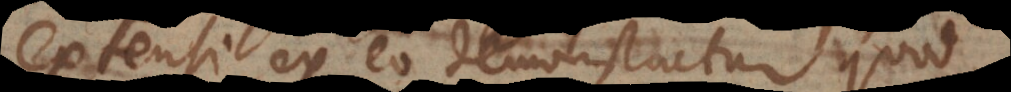
extensi, ex eo demonstratur quod